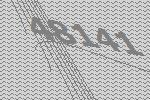
48141